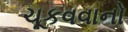
ચૂકવવાનો